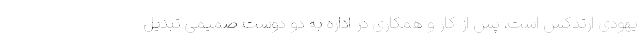
یهودی ارتدکس است، پس از کار و همکاری در اداره به دو دوست صمیمی تبدیل